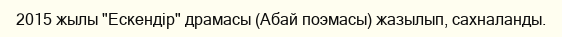
2015 жылы "Ескендір" драмасы (Абай поэмасы) жазылып, сахналанды.